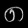
Digit: ၈